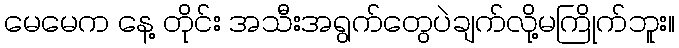
မေမေက နေ့ တိုင်း အသီးအရွက်တွေပဲချက်လို့မကြိုက်ဘူး။